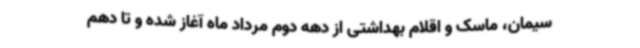
سیمان، ماسک و اقلام بهداشتی از دهه دوم مرداد ماه آغاز شده و تا دهم